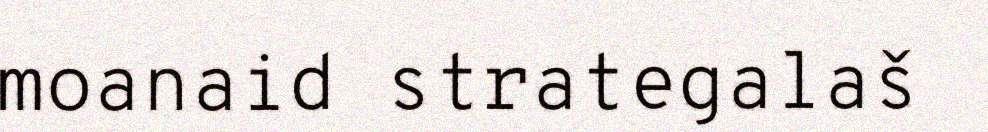
moanaid strategalaš